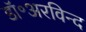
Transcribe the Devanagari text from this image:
डॉ॰अरविन्द